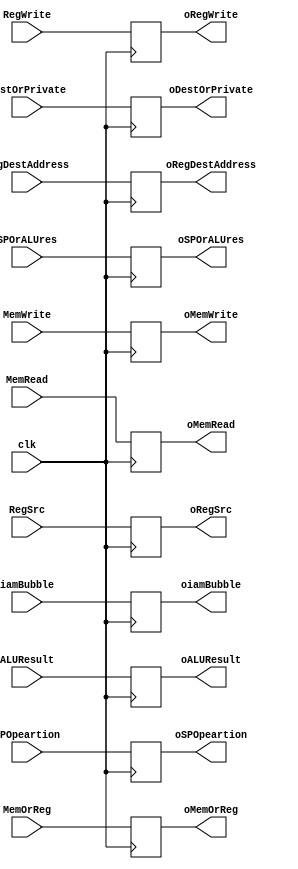
module ExMemBuffer (
    input RegWrite,
    MemOrReg,
    DestOrPrivate,
    MemWrite,
    MemRead,
    clk,
    SPOrALUres,
    iamBubble,
    input [3:0] regDestAddress,
    input [15:0] ALUResult,
    RegSrc,
    input [1:0] SPOpeartion,
    output reg oRegWrite,
    oMemOrReg,
    oMemWrite,
    oMemRead,
    oDestOrPrivate,
    oSPOrALUres,
    oiamBubble,
    output reg [3:0] oRegDestAddress,
    output reg [15:0] oALUResult,
    oRegSrc,
    output reg [1:0] oSPOpeartion
);

  initial begin
    oRegWrite = 0;
    oMemOrReg = 0;
    oDestOrPrivate = 0;
    oRegDestAddress = 0;
    oSPOpeartion = 0;
    oMemWrite = 0;
    oMemRead = 0;
    oSPOrALUres = 0;
    oALUResult = 0;
    oRegSrc = 0;
    oiamBubble = 0;
  end

  always @(posedge clk) begin
    oRegWrite = RegWrite;
    oMemOrReg = MemOrReg;
    oDestOrPrivate = DestOrPrivate;
    oRegDestAddress = regDestAddress;
    oALUResult = ALUResult;
    oSPOpeartion = SPOpeartion;
    oMemWrite = MemWrite;
    oMemRead = MemRead;
    oSPOrALUres = SPOrALUres;
    oRegSrc = RegSrc;
    oiamBubble = iamBubble;
  end

endmodule